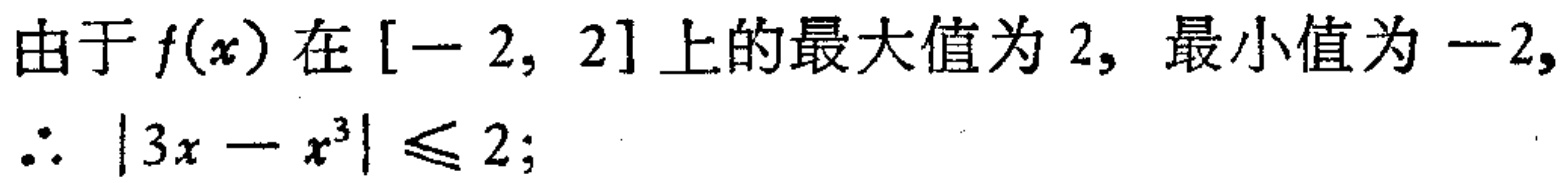
由于\(f(x)\)在\([-2, 2]\)上的最大值为\(2\)，最小值为\(-2\)，
\(\therefore |3x - x^{3}| \leq 2\);